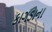
કાગડાના